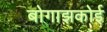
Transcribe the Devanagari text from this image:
बोगाझकोई